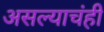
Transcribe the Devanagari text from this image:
असल्याचंही